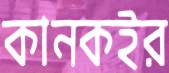
কানকইর